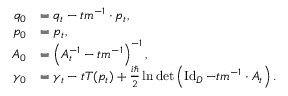
\begin{array} { r l } { q _ { 0 } } & { = q _ { t } - t m ^ { - 1 } \cdot p _ { t } , } \\ { p _ { 0 } } & { = p _ { t } , } \\ { A _ { 0 } } & { = \left( A _ { t } ^ { - 1 } - t m ^ { - 1 } \right) ^ { - 1 } , } \\ { \gamma _ { 0 } } & { = \gamma _ { t } - t T ( p _ { t } ) + \frac { i \hbar } { 2 } \ln \operatorname* { d e t } \left( \operatorname { I d } _ { D } - t m ^ { - 1 } \cdot A _ { t } \right) . } \end{array}